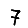
Digit: 7